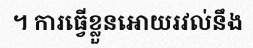
។ ការធ្វើខ្លួនអោយរវល់នឹង